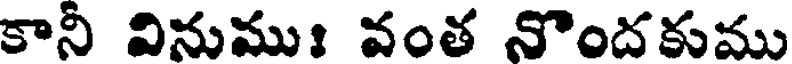
కానీ వినుముః వంత నొందకుము